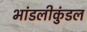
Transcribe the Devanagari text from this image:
भांडलीकुंडल